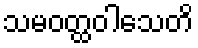
သမဝတ္ထဝါသေတိ